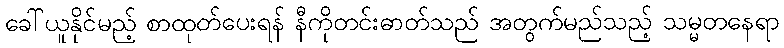
ခေါ်ယူနိုင်မည့် စာထုတ်ပေးရန် နီကိုတင်းဓာတ်သည် အတွက်မည်သည့် သမ္မတနေရာ